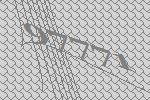
97771